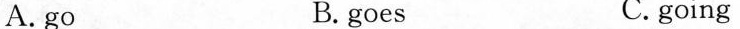
A. go B.goes C.going